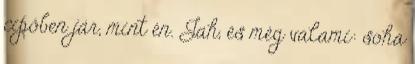
cipőben jár, mint én. Jah, és még valami: soha